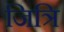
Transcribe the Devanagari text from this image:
जित्रि